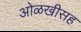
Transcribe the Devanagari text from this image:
ओळखीसह